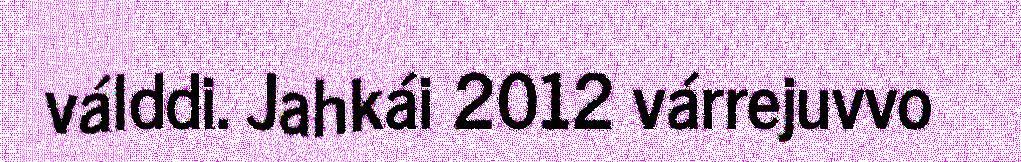
válddi. Jahkái 2012 várrejuvvo